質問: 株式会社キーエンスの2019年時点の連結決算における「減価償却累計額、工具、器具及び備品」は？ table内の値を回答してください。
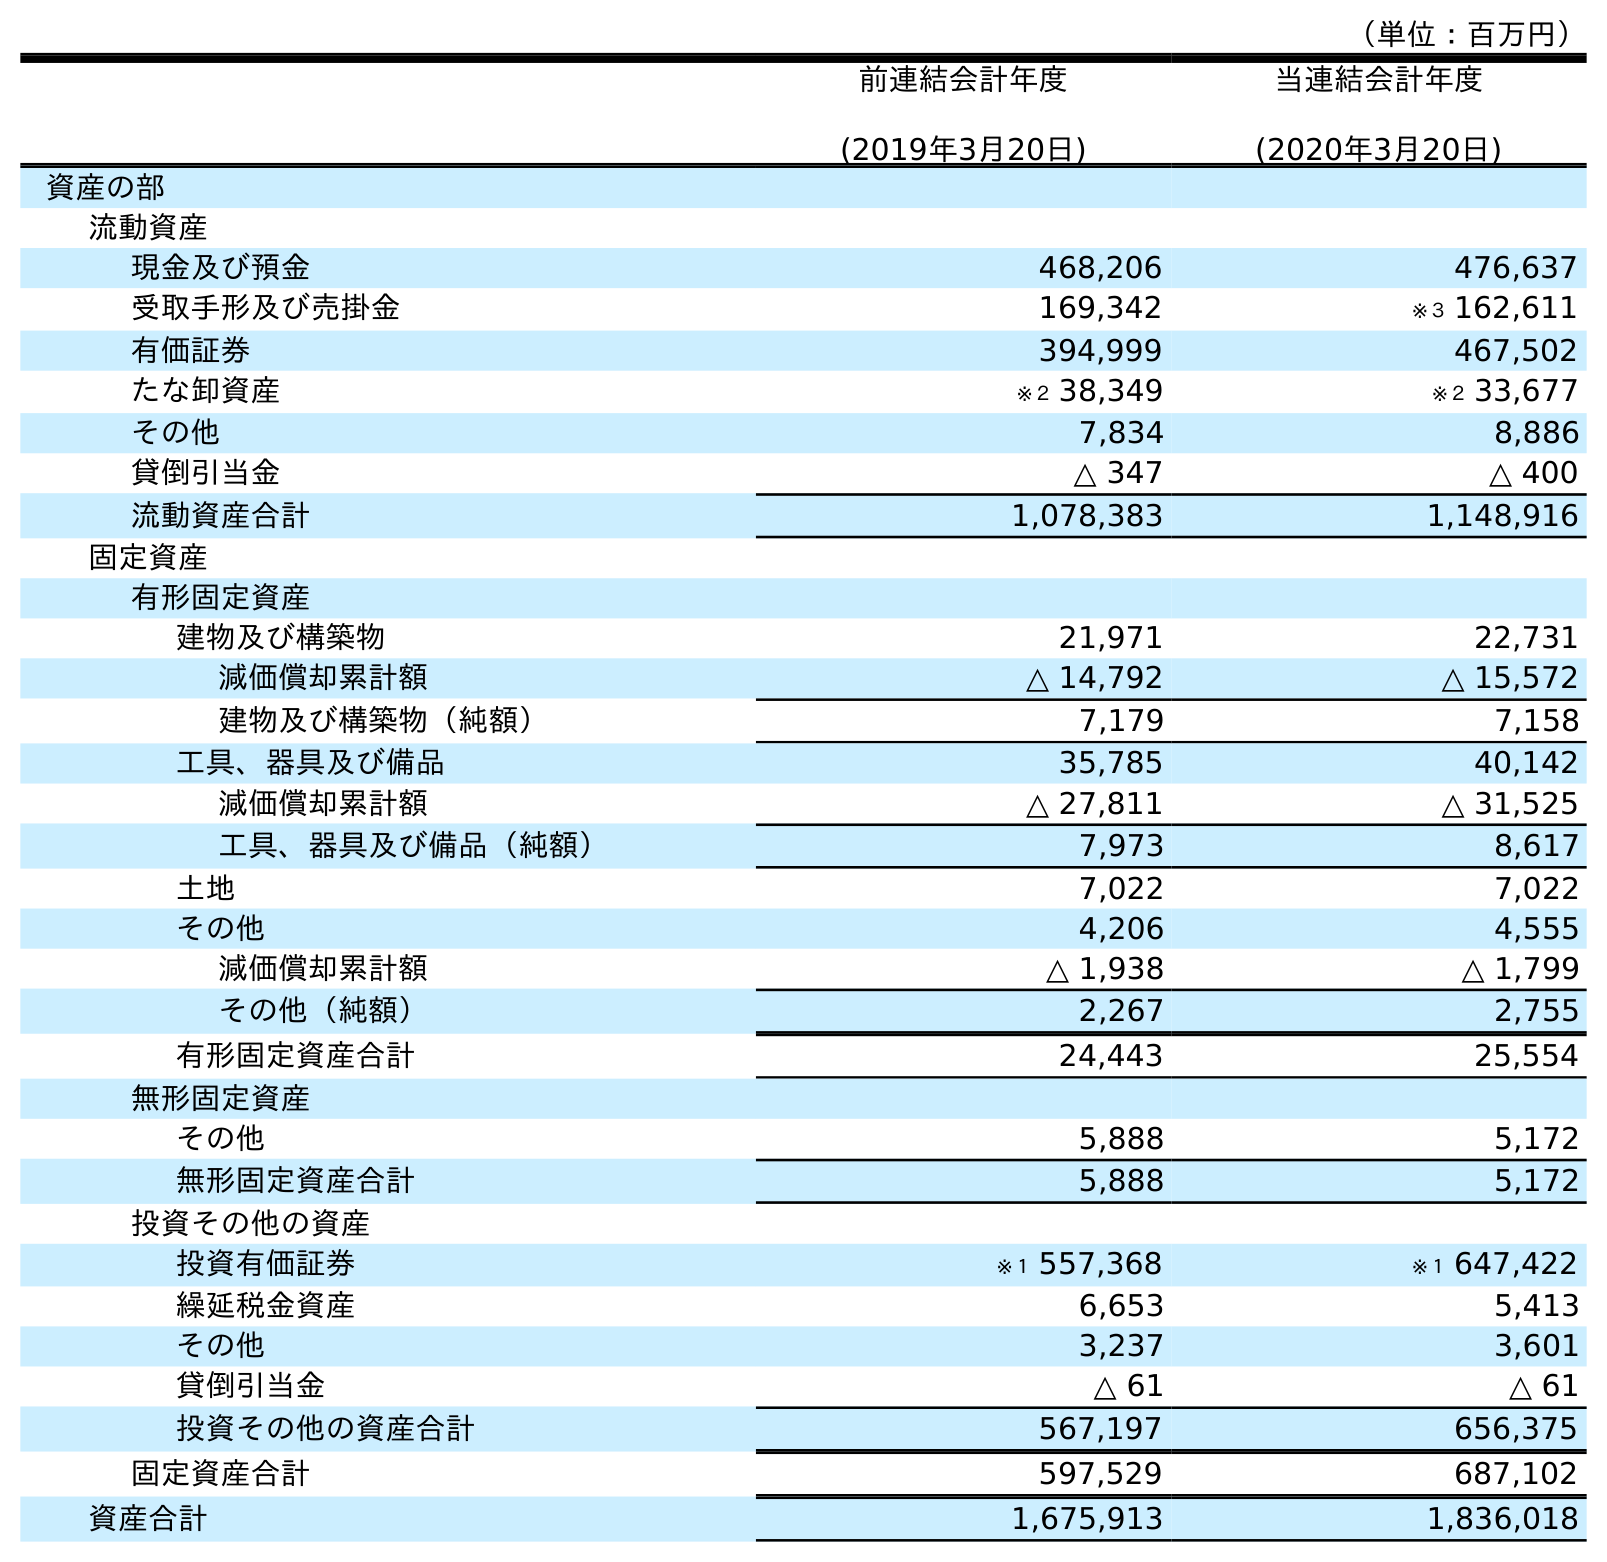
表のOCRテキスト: （単位：百万円） 前連結会計年度 (2019年3月20日) 当連結会計年度 (2020年3月20日) 資産の部 流動資産 現金及び預金 468,206 476,637 受取手形及び売掛金 169,342 ※３ 162,611 有価証券 394,999 467,502 たな卸資産 ※２ 38,349 ※２ 33,677 その他 7,834 8,886 貸倒引当金 △ 347 △ 400 流動資産合計 1,078,383 1,148,916 固定資産 有形固定資産 建物及び構築物 21,971 22,731 減価償却累計額 △ 14,792 △ 15,572 建物及び構築物（純額） 7,179 7,158 工具、器具及び備品 35,785 40,142 減価償却累計額 △ 27,811 △ 31,525 工具、器具及び備品（純額） 7,973 8,617 土地 7,022 7,022 その他 4,206 4,555 減価償却累計額 △ 1,938 △ 1,799 その他（純額） 2,267 2,755 有形固定資産合計 24,443 25,554 無形固定資産 その他 5,888 5,172 無形固定資産合計 5,888 5,172 投資その他の資産 投資有価証券 ※１ 557,368 ※１ 647,422 繰延税金資産 6,653 5,413 その他 3,237 3,601 貸倒引当金 △ 61 △ 61 投資その他の資産合計 567,197 656,375 固定資産合計 597,529 687,102 資産合計 1,675,913 1,836,018
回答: △27,811